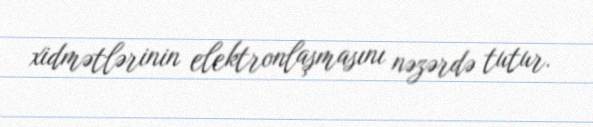
xidmətlərinin elektronlaşmasını nəzərdə tutur.